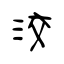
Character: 洨